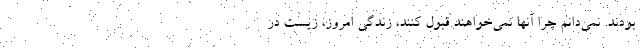
بودند. نمی‌دانم چرا آنها نمی‌خواهند قبول کنند، زندگی امروز، زیست در